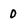
Character: 0